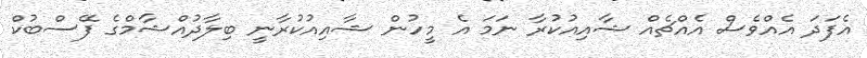
އެފަދަ އެއްވެސް އެއްޗެއް ޝާއިއުކުރާ ނަމަ އެ މީހުން ޝާއިއުކުރާނީ ބިލާދުއްޝާމްގެ ފޭސްބުކް